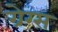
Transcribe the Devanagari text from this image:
ग्रेग्स